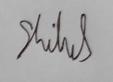
Signature authenticity: genuine